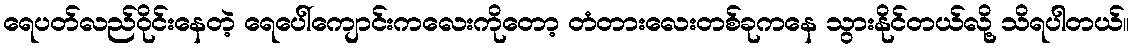
ရေပတ်လည်ဝိုင်းနေတဲ့ ရေပေါ်ကျောင်းကလေးကိုတော့ တံတားလေးတစ်ခုကနေ သွားနိုင်တယ်လို့ သိရပါတယ်။